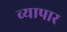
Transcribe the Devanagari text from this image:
व्यापार